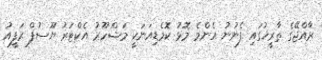
ރާއްޖޭގެ ތާރީޚުގައި ފެނުނު އެންމެ މޮޅު ކޮމެޑިއަނަކީ މަޝްހޫރު އެކްޓަރު ޔޫސުފް ރަފީއު